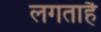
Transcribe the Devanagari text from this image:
लगताहै